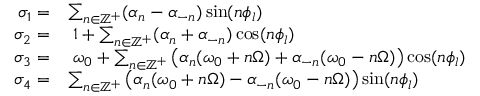
\begin{array} { r l } { \sigma _ { 1 } = } & { \sum _ { n \in \mathbb { Z } ^ { + } } ( \alpha _ { n } - \alpha _ { - n } ) \sin ( n \phi _ { l } ) } \\ { \sigma _ { 2 } = } & { \; 1 + \sum _ { n \in \mathbb { Z } ^ { + } } ( \alpha _ { n } + \alpha _ { - n } ) \cos ( n \phi _ { l } ) } \\ { \sigma _ { 3 } = } & { \; \omega _ { 0 } + \sum _ { n \in \mathbb { Z } ^ { + } } \big ( \alpha _ { n } ( \omega _ { 0 } + n \Omega ) + \alpha _ { - n } ( \omega _ { 0 } - n \Omega ) \big ) \cos ( n \phi _ { l } ) } \\ { \sigma _ { 4 } = } & { \sum _ { n \in \mathbb { Z } ^ { + } } \big ( \alpha _ { n } ( \omega _ { 0 } + n \Omega ) - \alpha _ { - n } ( \omega _ { 0 } - n \Omega ) \big ) \sin ( n \phi _ { l } ) } \end{array}